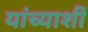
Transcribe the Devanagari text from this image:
यांच्याशीं